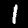
Digit: 1